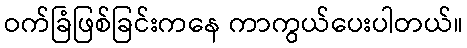
ဝက်ခြံဖြစ်ခြင်းကနေ ကာကွယ်ပေးပါတယ်။